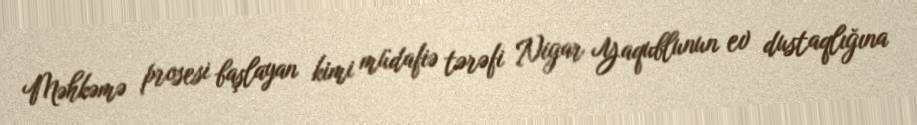
Məhkəmə prosesi başlayan kimi müdafiə tərəfi Nigar Yaqublunun ev dustaqlığına